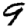
Digit: 9